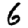
Digit: 6